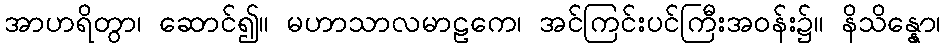
အာဟရိတွာ၊ ဆောင်၍။ မဟာသာလမာဠကေ၊ အင်ကြင်းပင်ကြီးအဝန်း၌။ နိသိန္နော၊